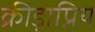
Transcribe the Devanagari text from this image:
क्रीड़ाप्रिय